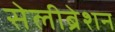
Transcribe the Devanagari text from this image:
सेलीब्रेशन